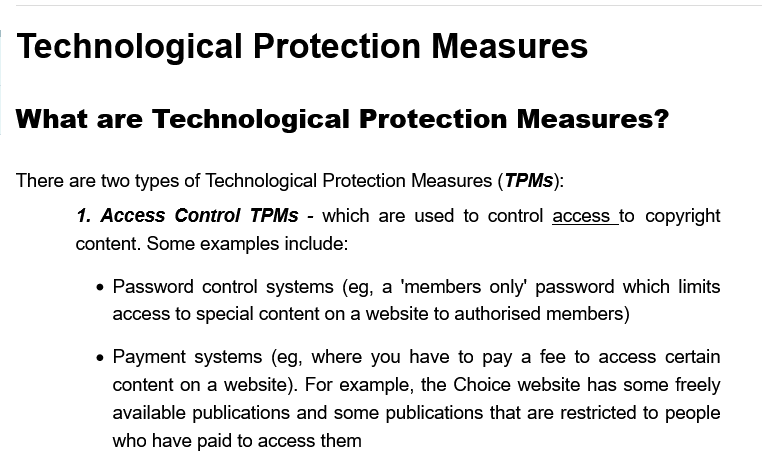
Technological    Protection    Measures
  What   are    Technological    Protection    Measures?
  There are two types of Technological Protection Measures (TPMs):
     1. Access Control TPMs -  which are used to control access to copyright
     content. Some examples include:
     « Password control systems (eg, a 'members only’ password which limits
     access to special content on a website to authorised members)
     « Payment systems  (eg, where you have to pay a fee to access certain
     content on a website). For example, the Choice website has some freely
     available publications and some publications that are restricted to people
     who have paid to access them